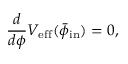
\frac { d } { d \phi } V _ { \mathrm { e f f } } ( \bar { \phi } _ { \mathrm { i n } } ) = 0 ,